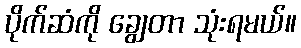
ပိုက်ဆံကို ချွေတာ သုံးရမယ်။